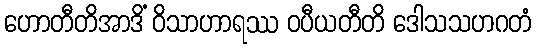
ဟောတီတိအာဒိံ ဝိသာဟာရဿ ဝပီယတီတိ ဒေါသသဟဂတံ